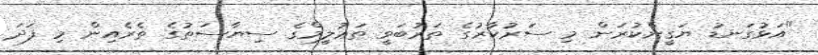
"އަޅުގަނޑު ޔަގީންކުރަން މި ސަރުކާރުގެ ތަރުބަވީ ތަޢުލީމްގެ ސިޔާސަތުގެ ތެރެއިން މި ފަދަ